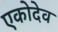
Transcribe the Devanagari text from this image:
एकोदेव